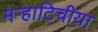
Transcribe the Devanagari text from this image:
मऱ्हाटिचीया